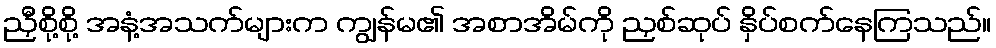
ညှီစို့စို့ အနံ့အသက်များက ကျွန်မ၏ အစာအိမ်ကို ညှစ်ဆုပ် နှိပ်စက်နေကြသည်။